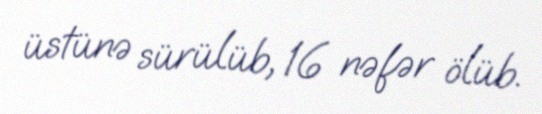
üstünə sürülüb, 16 nəfər ölüb.